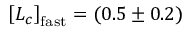
\left[ L _ { c } \right] _ { \mathrm { f a s t } } = ( 0 . 5 \pm 0 . 2 )